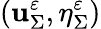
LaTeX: (\mathbf{u}_{\Sigma}^{\varepsilon},\eta_{\Sigma}^{\varepsilon})